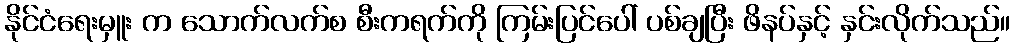
နိုင်ငံရေးမှူး က သောက်လက်စ စီးကရက်ကို ကြမ်းပြင်ပေါ် ပစ်ချပြီး ဖိနပ်နှင့် နှင်းလိုက်သည်။